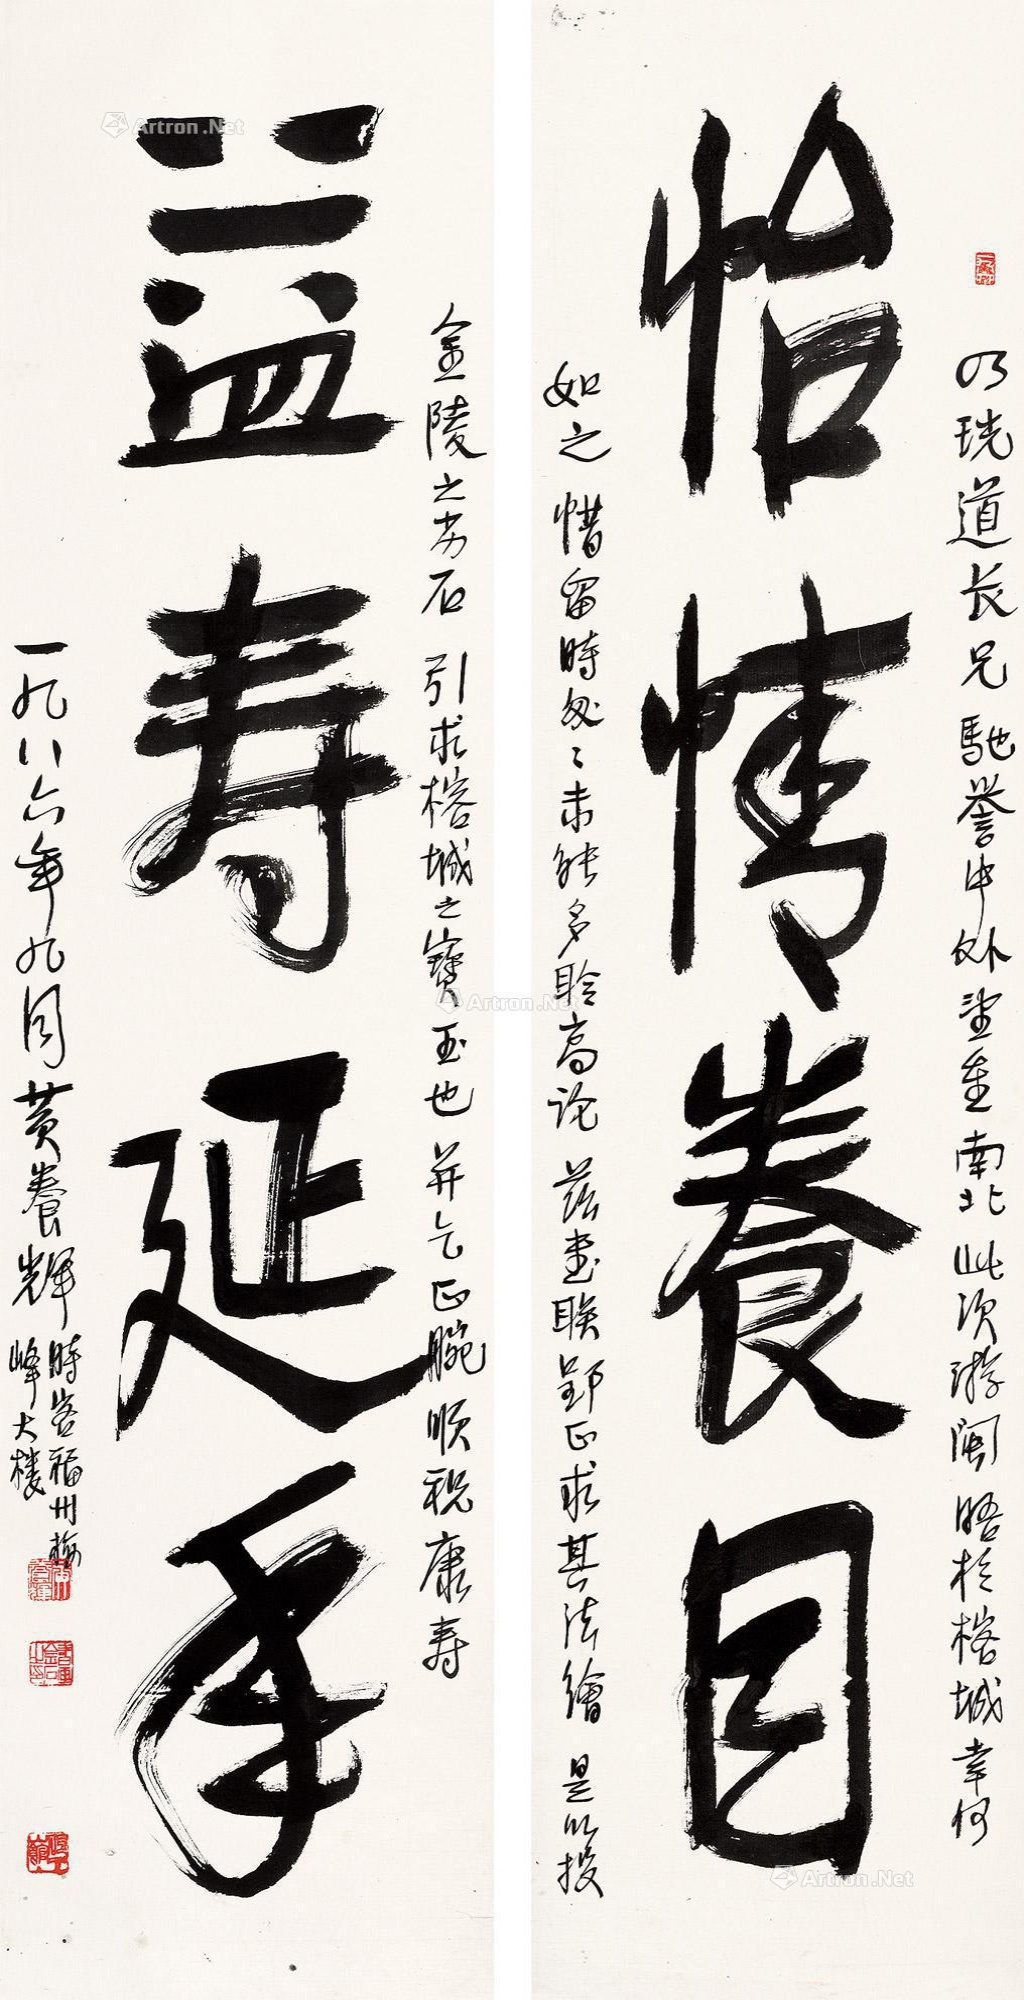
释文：怡情养目，益寿延年。乃珖道长兄驰誉中外，望重南北。此次游闽，晤于榕城，幸何如之。惜留时匆匆，未能多聆高论。兹书联郢正，求其法绘，是以投金陵之劣石，引求榕城之宝玉也，并乞正腕，顺祝康寿。一九八六年九月黄养辉时客福州梅峰大楼。